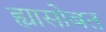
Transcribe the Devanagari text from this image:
ह्यासोबत